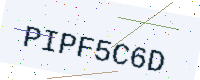
Text: PIPF5C6D